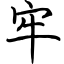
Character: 牢